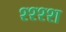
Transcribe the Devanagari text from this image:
श्श्श्श